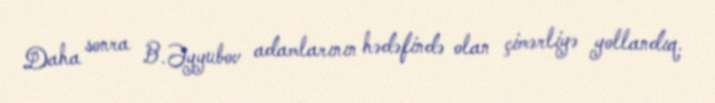
Daha sonra B.Əyyubov adamlarının hədəfində olan çimərliyə yollandıq.